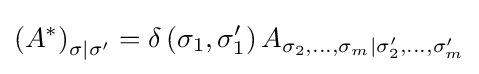
\left(A^{*}\right)_{\sigma |\sigma '}=\delta \left(\sigma _{1},\sigma _{1}'\right)A_{\sigma _{2},\ldots ,\sigma _{m}|\sigma _{2}',\ldots ,\sigma _{m}'}